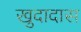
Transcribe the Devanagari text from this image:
खुदादास